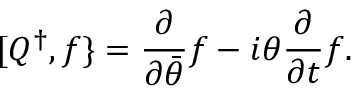
[ Q ^ { \dagger } , f \} = { \frac { \partial } { \partial { \bar { \theta } } } } f - i \theta { \frac { \partial } { \partial t } } f .